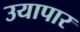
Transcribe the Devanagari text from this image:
उयापार